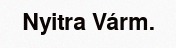
Nyitra Várm.